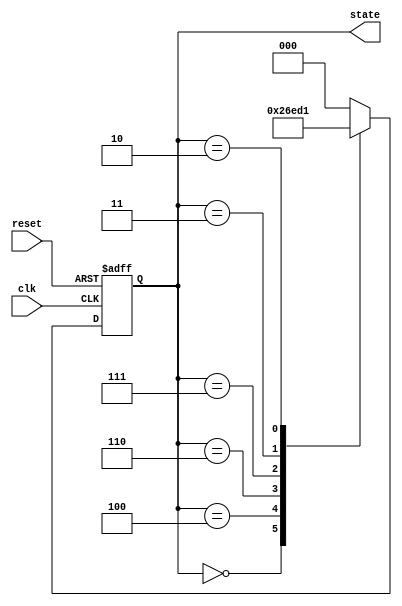
module johnson_counter (
    input wire clk,          // Clock input
    input wire reset,        // Asynchronous reset
    output reg [2:0] state   // 3-bit state output
);

// State encoding
parameter STATE_0 = 3'b000;
parameter STATE_1 = 3'b100;
parameter STATE_2 = 3'b110;
parameter STATE_3 = 3'b111;
parameter STATE_4 = 3'b011;
parameter STATE_5 = 3'b010;
parameter STATE_6 = 3'b001;
parameter STATE_7 = 3'b000; // Wraps around to STATE_0

// State transition logic
always @(posedge clk or posedge reset) begin
    if (reset) begin
        state <= STATE_0; // Initialize to State 0 on reset
    end else begin
        case (state)
            STATE_0: state <= STATE_1;
            STATE_1: state <= STATE_2;
            STATE_2: state <= STATE_3;
            STATE_3: state <= STATE_4;
            STATE_4: state <= STATE_5;
            STATE_5: state <= STATE_6;
            STATE_6: state <= STATE_7;
            STATE_7: state <= STATE_0; // Wrap around
            default: state <= STATE_0; // Default case
        endcase
    end
end

endmodule